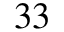
3 3